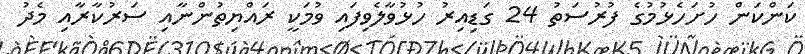
ކަންކަން ހުށަހެޅުމުގެ ފުރުސަތު 24 ގަޑިއިރު ހުޅުވާލެވިފައި ވުމަކީ ރައްޔިތުންނާއި ސަރުކާރާއި މެދު